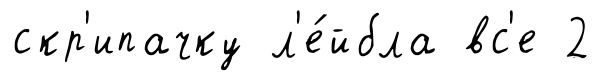
скр'ипачку л'е́йбла вс'е 2